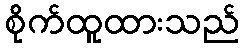
စိုက်ထူထားသည်